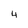
Character: 4